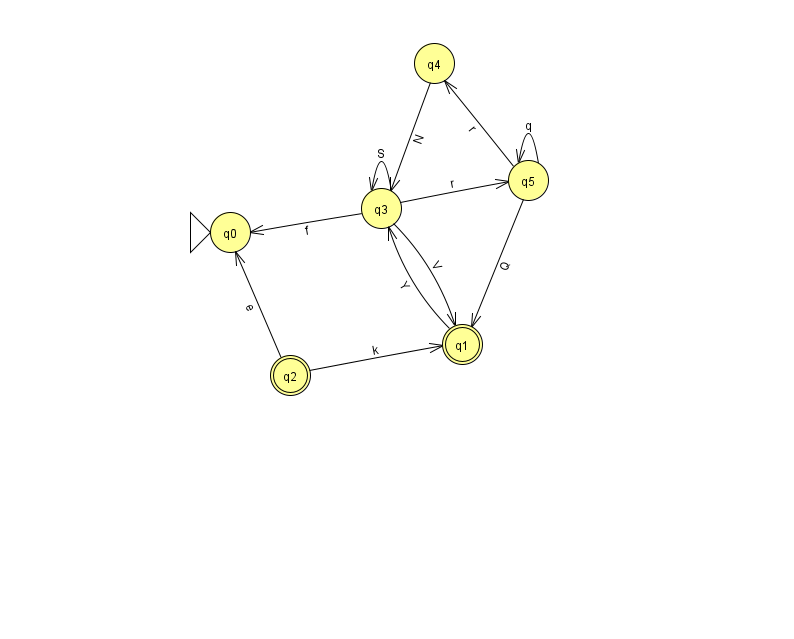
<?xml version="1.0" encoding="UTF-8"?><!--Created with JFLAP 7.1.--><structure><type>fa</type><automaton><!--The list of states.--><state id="0" name="q0"><x>230.0</x><y>219.0</y><initial/></state><state id="1" name="q1"><x>462.0</x><y>331.0</y><final/></state><state id="2" name="q2"><x>290.0</x><y>362.0</y><final/></state><state id="3" name="q3"><x>381.0</x><y>195.0</y></state><state id="4" name="q4"><x>434.0</x><y>50.0</y></state><state id="5" name="q5"><x>528.0</x><y>167.0</y></state><!--The list of transitions.--><transition><from>2</from><to>0</to><read>e</read></transition><transition><from>5</from><to>5</to><read>q</read></transition><transition><from>5</from><to>1</to><read>Q</read></transition><transition><from>5</from><to>4</to><read>r</read></transition><transition><from>3</from><to>1</to><read>V</read></transition><transition><from>3</from><to>3</to><read>S</read></transition><transition><from>3</from><to>5</to><read>r</read></transition><transition><from>3</from><to>0</to><read>f</read></transition><transition><from>2</from><to>1</to><read>k</read></transition><transition><from>4</from><to>3</to><read>N</read></transition><transition><from>1</from><to>3</to><read>Y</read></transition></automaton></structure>